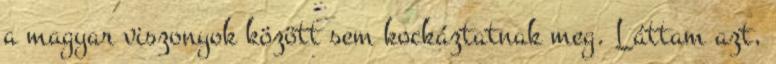
a magyar viszonyok között sem kockáztatnak meg. Láttam azt,